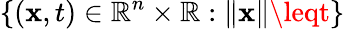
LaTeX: \left\{ (\mathbf{x},t)\in\mathbb{{R}}^{n}\times\mathbb{{R}}:\lVert\mathbf{x}\rVert\leqt\right\}